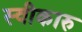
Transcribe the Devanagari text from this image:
स्वीकारु